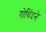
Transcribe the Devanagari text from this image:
गोविंदने